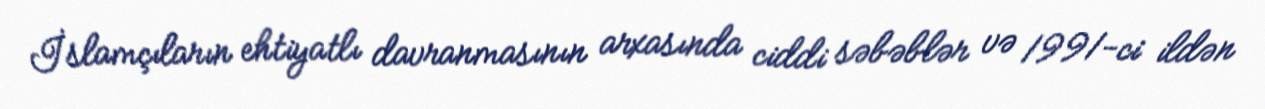
İslamçıların ehtiyatlı davranmasının arxasında ciddi səbəblər və 1991-ci ildən